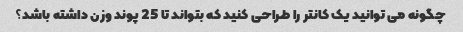
چگونه می توانید یک کانتر را طراحی کنید که بتواند تا 25 پوند وزن داشته باشد؟